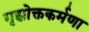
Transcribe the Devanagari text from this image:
गृह्योक्तकर्मणा